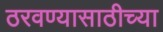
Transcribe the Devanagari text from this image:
ठरवण्यासाठीच्या